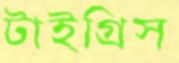
টাইগ্রিস